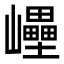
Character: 㠥